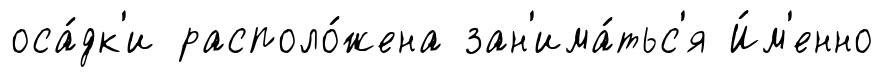
оса́дк'и располо́жена зан'има́тьс'я И́м'енно